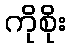
ကိုစိုး